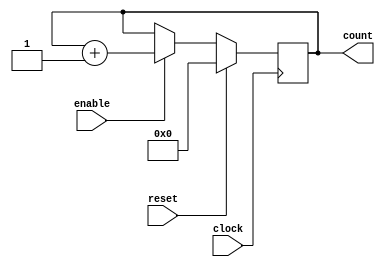
`timescale 1ns/100ps  //unit time is 1ns, resolution 100ps
//-----------------------------
//Design name: counter_8
//Function: an 8-bit synchronous counter with enable input
//------------------------------


module counter_16(
	clock, //clock input
	enable, //high enable counting
	count, //count value
	reset //reset count value to 0
	);
	
	//-----------declare ports----------------
	
	parameter BIT_SZ = 16;
	input clock;
	input enable;
	input reset;
	output [BIT_SZ-1:0] count;
	
	//count needs to be declared as reg
	reg[BIT_SZ-1:0] count;
	
	//---always initialise storage elements such as D-FF
	initial count = 0;
	
	//reset
	
		
	
	//---main body of the module---
	
	always @(posedge clock)
		if (reset == 1'b1)
			count <= 0;
		else if (enable == 1'b1)
			count <= count + 1'b1;
		
			
endmodule //end of module